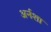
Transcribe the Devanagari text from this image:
अर्नशा